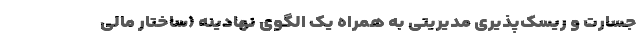
جسارت و ریسک‌پذیری مدیریتی به همراه یک الگوی نهادینه (ساختار مالی